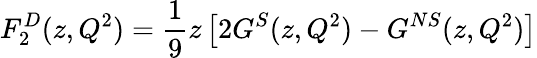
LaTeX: F_{2}^{D}(z,Q^{2})=\frac{1}{9}z\left[2G^{S}(z,Q^{2})-G^{NS}(z,Q^{2})\right]